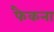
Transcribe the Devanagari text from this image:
फैकना